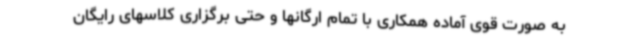
به صورت قوی آماده همکاری با تمام ارگانها و حتی برگزاری کلاسهای رایگان